Annual administration report of the Civil Veterinary Department of India - 1893-1894
Year: 1893
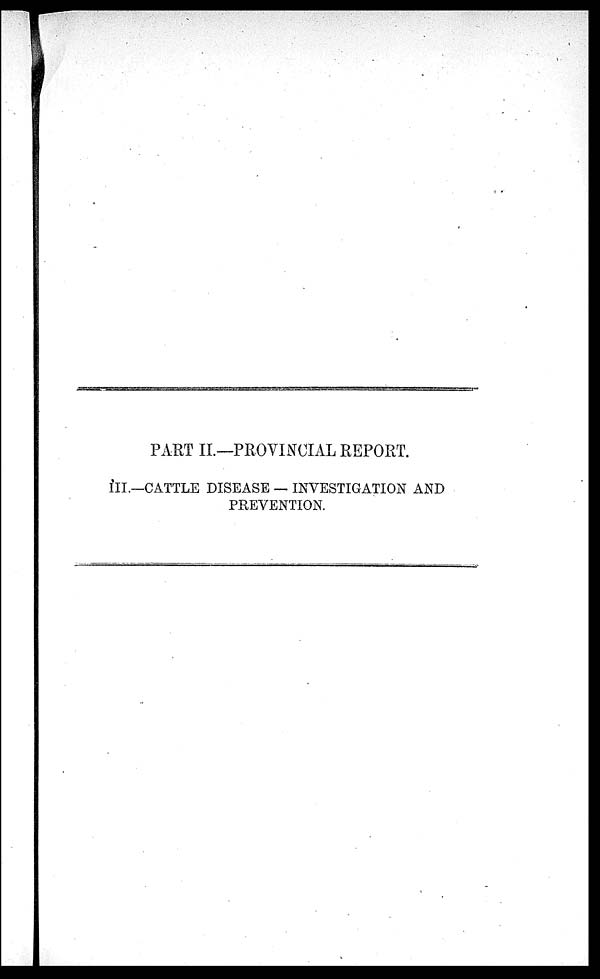
PART II.—PROVINCIAL REPORT.
III.—CATTLE DISEASE — INVESTIGATION AND
PREVENTION.